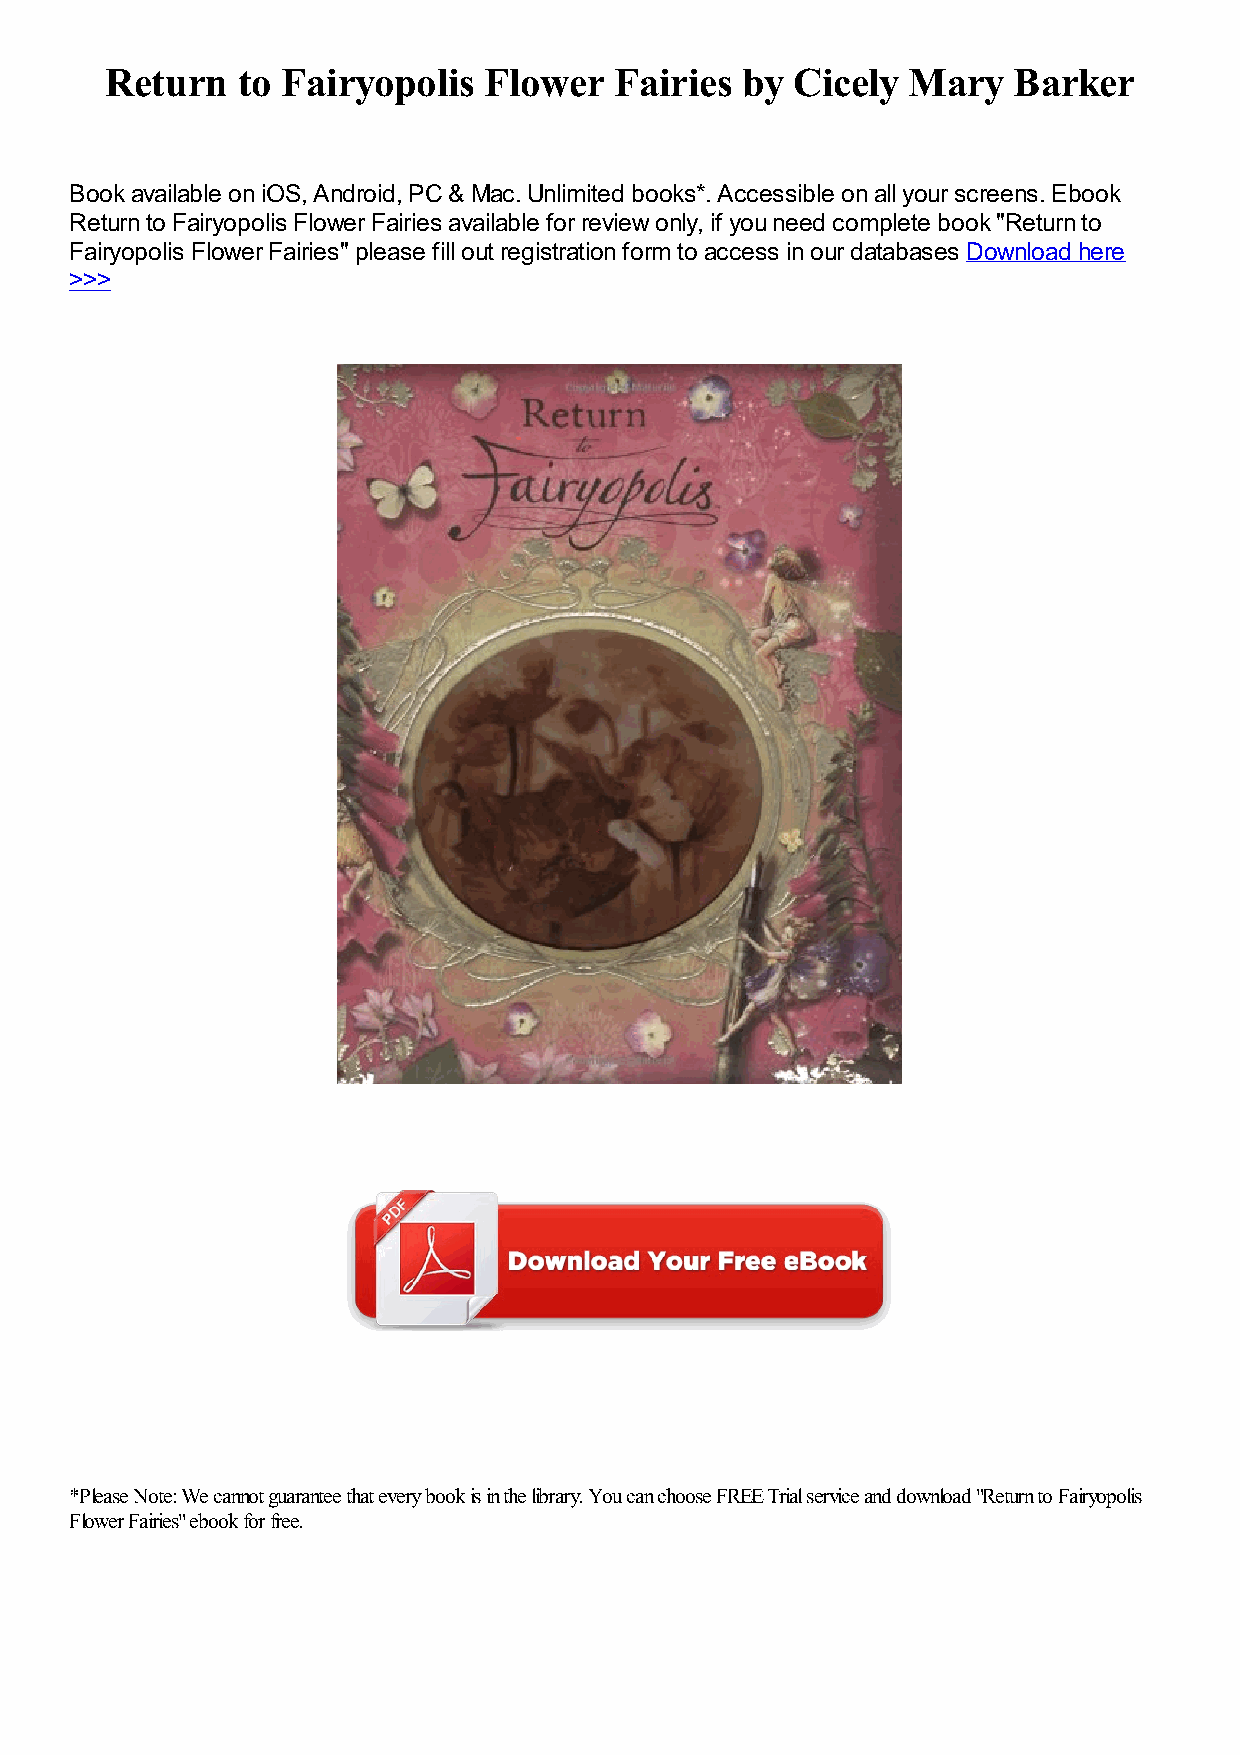
Return   to Fairyopolis  Flower   Fairies by Cicely  Mary   Barker
 Book available on iOS, Android, PC & Mac. Unlimited books*. Accessible on all your screens. Ebook
 Return to Fairyopolis Flower Fairies available for review only, if you need complete book "Return to
 Fairyopolis Flower Fairies" please fill out registration form to access in our databases Download here
 >>>
 *Please Note: We cannot guarantee that every book is in the library. You can choose FREE Trial service and download "Return to Fairyopolis
 Flower Fairies" ebook for free.